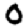
Digit: 0